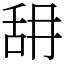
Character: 䑙